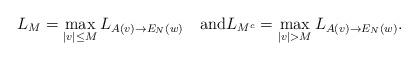
LaTeX: \begin{align*}L_{M}=\max_{|v|\leq M} L_{A(v)\to E_N(w)}\quad\textrm{and}L_{M^c}=\max_{|v|> M} L_{A(v)\to E_N(w)}.\end{align*}